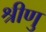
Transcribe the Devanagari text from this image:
श्रीणु